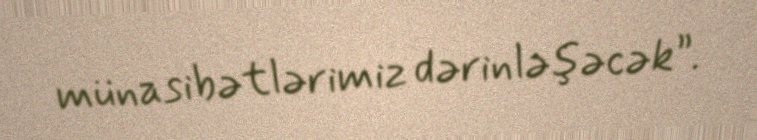
münasibətlərimiz dərinləşəcək”.